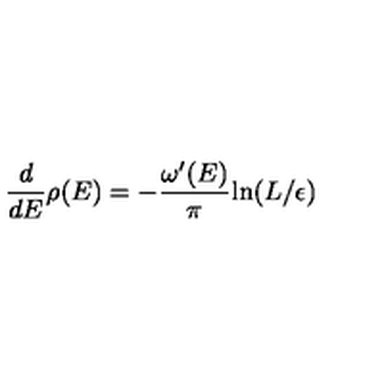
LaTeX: { \frac { d } { d E } } \rho ( E ) = - { \frac { \omega ^ { \prime } ( E ) } { \pi } } \mathrm { l n } ( L / \epsilon )